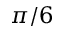
\pi / 6